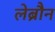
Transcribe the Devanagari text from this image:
लेब्रौन